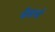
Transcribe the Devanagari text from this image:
सँढर्स्ट